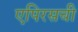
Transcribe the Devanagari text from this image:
एपिरसची